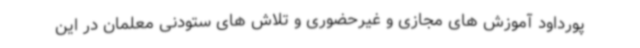
پورداود آموزش های مجازی و غیرحضوری و تلاش های ستودنی معلمان در این